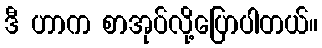
ဒီ ဟာက စာအုပ်လို့ပြောပါတယ်။